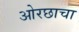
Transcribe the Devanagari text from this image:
ओरछाचा